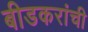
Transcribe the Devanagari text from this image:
बीडकरांची